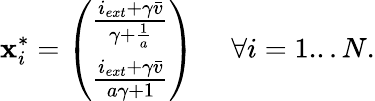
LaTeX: {\mathbf x}_{i}^{*}=\left(\begin{array}{l}{\frac{i_{ext}+\gamma\bar{v}}{\gamma+\frac{1}{a}}}\\ {\frac{i_{ext}+\gamma\bar{v}}{a\gamma+1}}\end{array}\right)\, \quad\, \forall i=1...N.